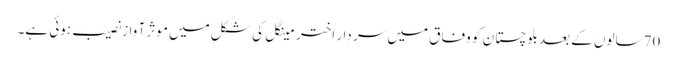
70سالوں کے بعد بلوچستا ن کو وفاق میں سر دار اختر مینگل کی شکل میں موثر آ واز نصیب ہوئی ہے۔